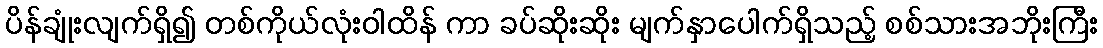
ပိန်ချုံးလျက်ရှိ၍ တစ်ကိုယ်လုံးဝါထိန် ကာ ခပ်ဆိုးဆိုး မျက်နှာပေါက်ရှိသည့် စစ်သားအဘိုးကြီး